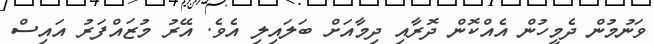
ވަނުމުން ދެމީހުން އެއްކޮން ދޮރާއި ދިމާއަށް ބަލައިލި އެވެ. އޭރު މުޒައްފަރު އައިސް